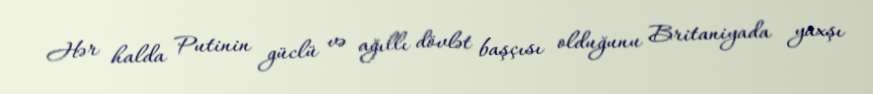
Hər halda Putinin güclü və ağıllı dövlət başçısı olduğunu Britaniyada yaxşı